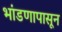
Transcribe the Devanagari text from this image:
भांडणापासून